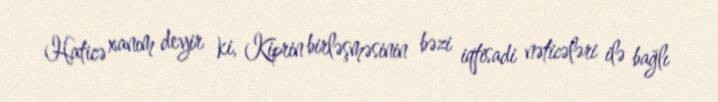
Haticə xanım deyir ki, Kiprin birləşməsinin bəzi iqtisadi nəticələri ilə bağlı